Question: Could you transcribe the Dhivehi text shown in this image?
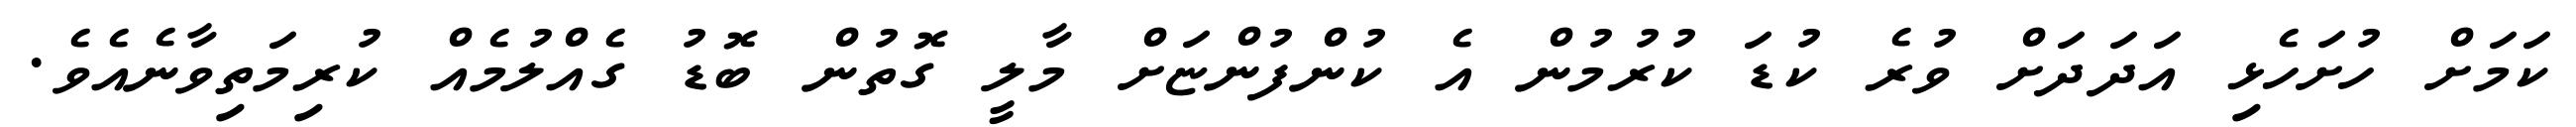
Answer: ކަމަށް ހުށަހެޅި އަދަދަށް ވުރެ ކުޑަ ކުރުމުން އެ ކުންފުންޏަށް މާލީ ގޮތުން ބޮޑު ގެއްލުމެއް ކުރިމަތިވާނެއެވެ.